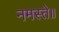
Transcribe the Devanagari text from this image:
नमस्ते॥